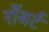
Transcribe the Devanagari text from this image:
राँबर्ट